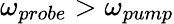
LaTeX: \omega_{probe}>\omega_{pump}